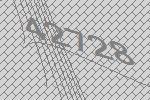
42728